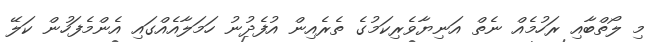
މި ލޯތްބާއި ރަހުމެއް ނެތް އަނިޔާވެރިކަމުގެ ތެރެއިން އުފެދުނު ހަމަލާއެއްގައި އެންމެފަހުން ކަލޭ